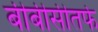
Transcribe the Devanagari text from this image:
बीबीसीतर्फे